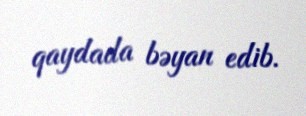
qaydada bəyan edib.